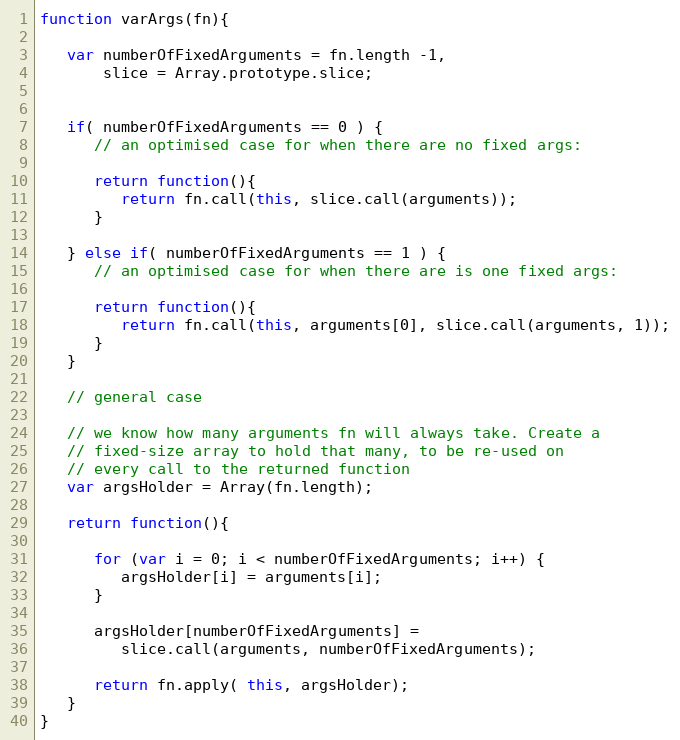
Language: JavaScript
function varArgs(fn){

   var numberOfFixedArguments = fn.length -1,
       slice = Array.prototype.slice;

   if( numberOfFixedArguments == 0 ) {
      // an optimised case for when there are no fixed args:

      return function(){
         return fn.call(this, slice.call(arguments));
      }

   } else if( numberOfFixedArguments == 1 ) {
      // an optimised case for when there are is one fixed args:

      return function(){
         return fn.call(this, arguments[0], slice.call(arguments, 1));
      }
   }

   // general case

   // we know how many arguments fn will always take. Create a
   // fixed-size array to hold that many, to be re-used on
   // every call to the returned function
   var argsHolder = Array(fn.length);

   return function(){

      for (var i = 0; i < numberOfFixedArguments; i++) {
         argsHolder[i] = arguments[i];
      }

      argsHolder[numberOfFixedArguments] =
         slice.call(arguments, numberOfFixedArguments);

      return fn.apply( this, argsHolder);
   }
}